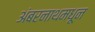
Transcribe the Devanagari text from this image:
अंबरनाथमधून